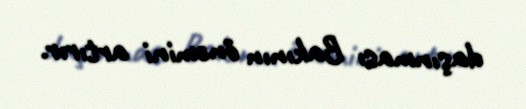
daşınması Bakının önəmini artırır.